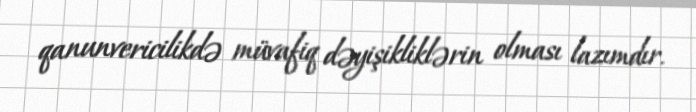
qanunvericilikdə müvafiq dəyişikliklərin olması lazımdır.